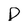
Character: D